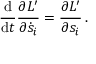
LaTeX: { \frac { \mathrm { d } } { \mathrm { d } t } } { \frac { \partial L ^ { \prime } } { \partial { \dot { s } } _ { i } } } = { \frac { \partial L ^ { \prime } } { \partial s _ { i } } } \, .